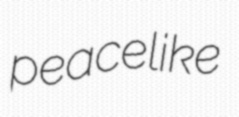
peacelike